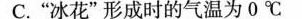
C.”冰花”形成时的气温为0℃